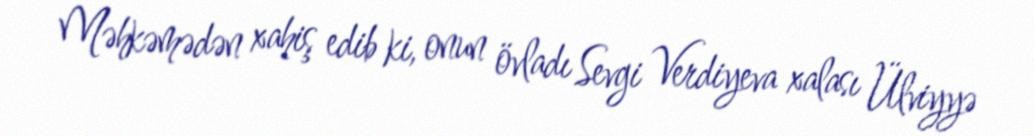
Məhkəmədən xahiş edib ki, onun övladı Sevgi Verdiyeva xalası Ülviyyə